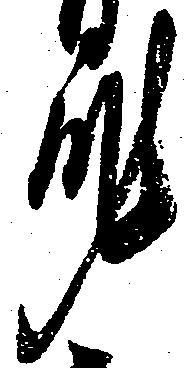
身